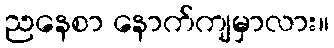
ညနေစာ နောက်ကျမှာလား။